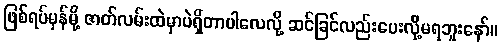
ဖြစ်ရပ်မှန်မို့ ဇာတ်လမ်းထဲမှာပဲရှိတာပါလေလို့ ဆင်ခြင်လည်းပေးလို့မရဘူးနော်။